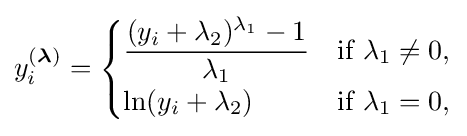
y_{i}^{({\boldsymbol {\lambda }})}={\begin{cases}{\dfrac {(y_{i}+\lambda _{2})^{\lambda _{1}}-1}{\lambda _{1}}}&{\text{if }}\lambda _{1}\neq 0,\\\ln(y_{i}+\lambda _{2})&{\text{if }}\lambda _{1}=0,\end{cases}}